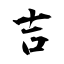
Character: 吉